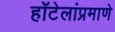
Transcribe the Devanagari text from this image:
हॉटेलांप्रमाणे